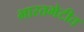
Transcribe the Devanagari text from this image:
भारतभेटीत